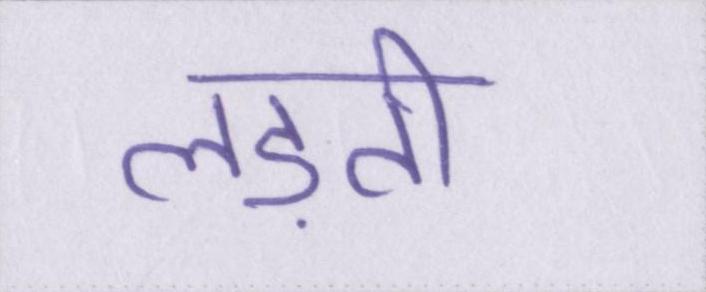
लड़ती